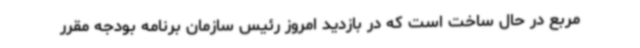
مربع در حال ساخت است که در بازدید امروز رئیس سازمان برنامه بودجه مقرر